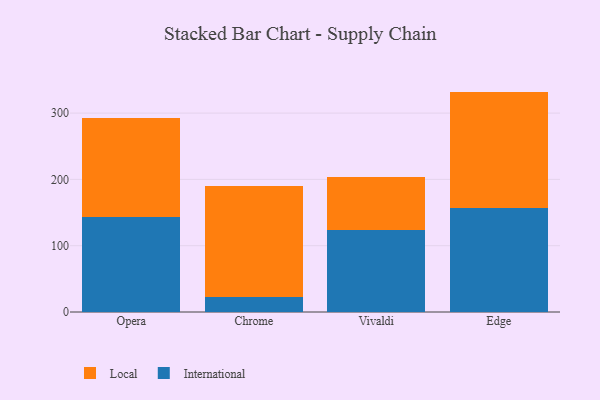
{"axis": {"x": "Browser", "y": "Page Views"}, "legend": ["International", "Local"], "data": [{"x": "Opera", "y": 143.6, "type": "International"}, {"x": "Opera", "y": 148.8, "type": "Local"}, {"x": "Chrome", "y": 21.9, "type": "International"}, {"x": "Chrome", "y": 167.6, "type": "Local"}, {"x": "Vivaldi", "y": 123.9, "type": "International"}, {"x": "Vivaldi", "y": 80.2, "type": "Local"}, {"x": "Edge", "y": 157.0, "type": "International"}, {"x": "Edge", "y": 175.4, "type": "Local"}]}